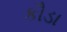
કૌડા